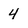
Character: 4